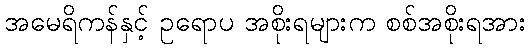
အမေရိကန်နှင့် ဥရောပ အစိုးရများက စစ်အစိုးရအား